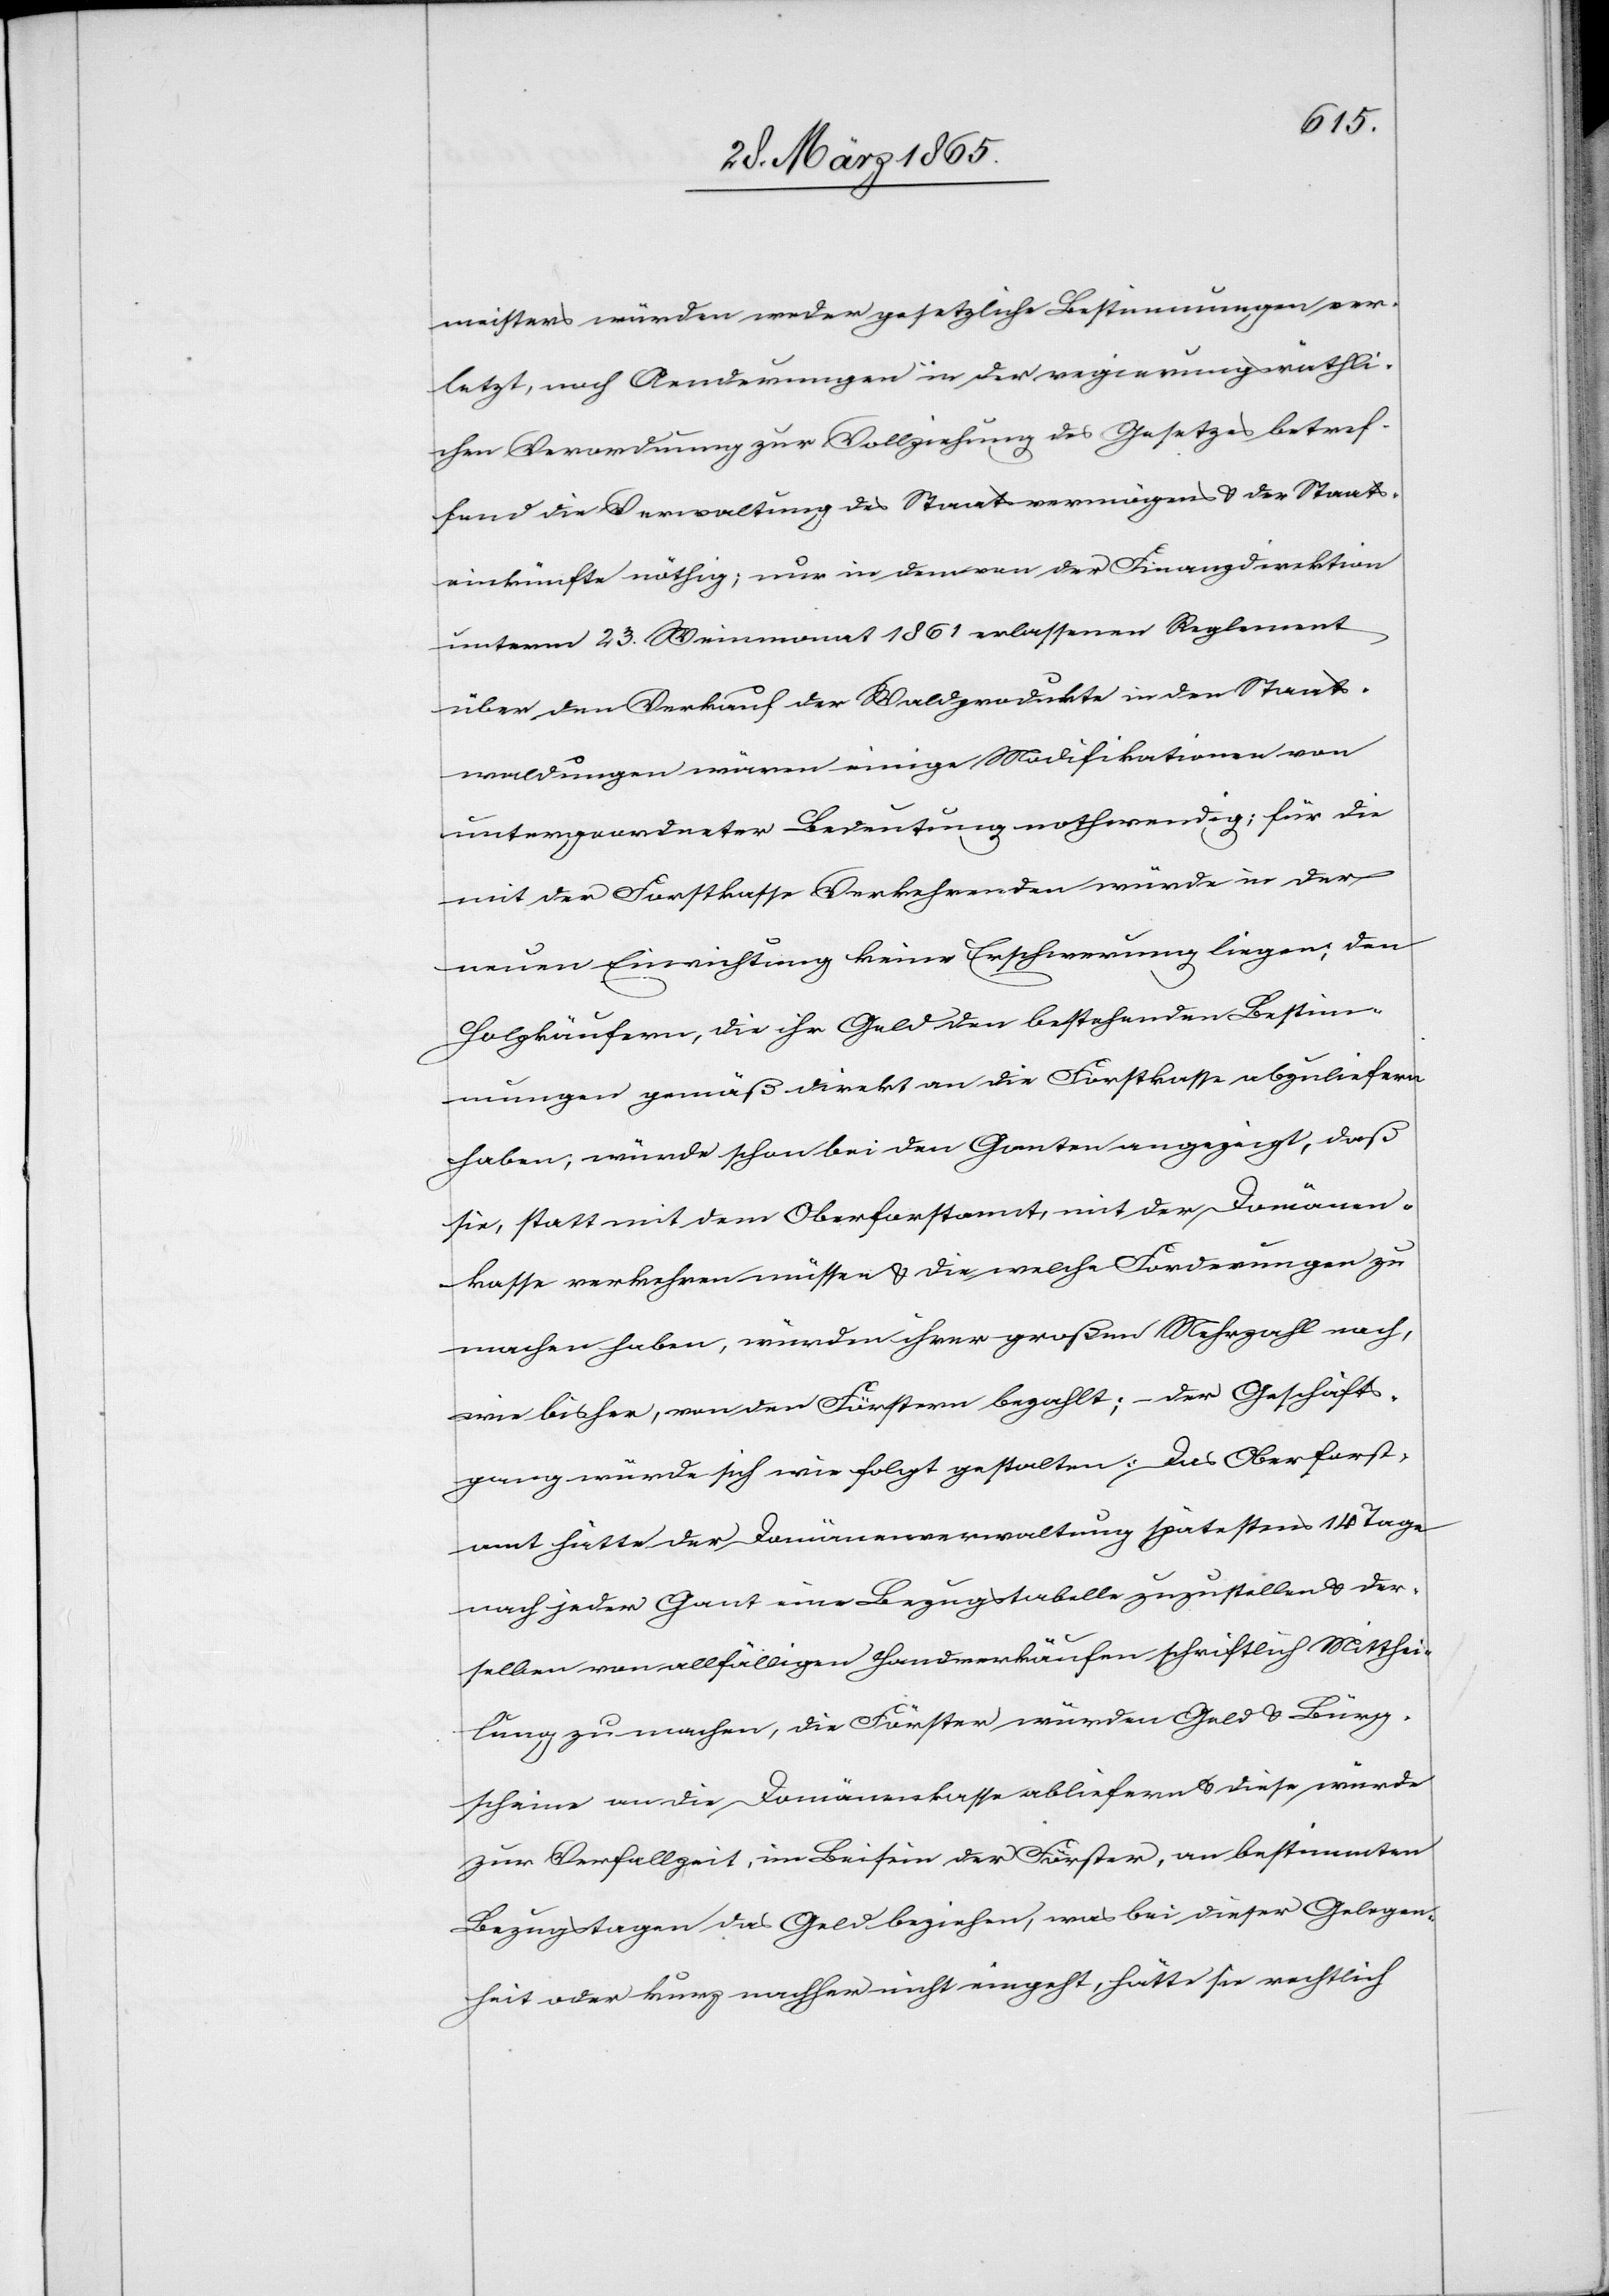
meisters würden weder gesetzliche Bestimmungen ver¬
letzt, noch Aenderungen in der regierungsräthli¬
chen Verordnung zur Vollziehung des Gesetzes betref¬
fend die Verwaltung des Staatsvermögens & der Staats¬
einkünfte nöthig; nur in dem von der Finanzdirektion
unterm 23. Weinmonat 1861 erlassenen Reglement
über den Verkauf der Waldprodukte in den Staats¬
waldungen wären einige Modifikationen von
untergeordneter Bedeutung nothwendig; für die
mit der Forstkasse Verkehrenden würde in der
neuen Einrichtung keine Erschwerung liegen; den
Holzkäufern, die ihr Geld den bestehenden Bestim¬
mungen gemäß direkt an die Forstkasse abzuliefern
haben, würde schon bei den Ganten angezeigt, daß
sie, statt mit dem Oberforstamt, mit der Domänen¬
kasse verkehren müssen & die welche Forderungen zu
machen haben, würden ihrer großen Mehrzahl nach,
wie bisher, von den Förstern bezahlt; – der Geschäfts¬
gang würde sich wie folgt gestalten: Das Oberfort¬
samt hätte der Domänenverwaltung spätestens 14 Tage
nach jeder Gant eine Bezugstabelle zuzustellen & der¬
selben von allfälligen Handverkäufen schriftlich Mitthei¬
lung zu machen, die Förster würden Geld & Bürg¬
scheine an die Domänenkasse abliefern & diese würde
zur Verfallzeit, im Beisein der Förster, an bestimmten
Bezugstagen das Geld beziehen, was bei dieser Gelegen¬
heit oder kurz nachher nicht eingeht, hätte sie rechtlich